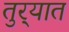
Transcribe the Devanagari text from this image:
तुर्‍यात